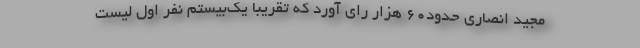
مجید انصاری حدود۶۰ هزار رای آورد که تقریبا یک‌بیستم نفر اول لیست